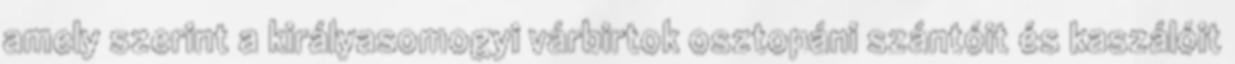
amely szerint a királyasomogyi várbirtok osztopáni szántóit és kaszálóit